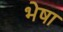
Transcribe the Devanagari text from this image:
भेषा